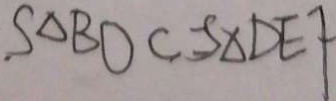
S _ { \Delta } B O C - S _ { \Delta } D E F